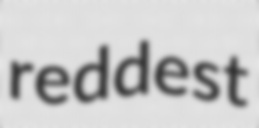
reddest